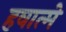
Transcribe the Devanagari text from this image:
हवात्मे